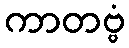
ကာတဗ္ဗံ